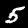
Label: 5